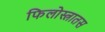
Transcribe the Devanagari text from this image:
फिलोस्त्रातस